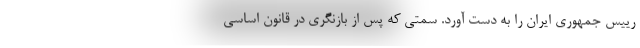
رییس جمهوری ایران را به دست آورد. سمتی که پس از بازنگری در قانون اساسی